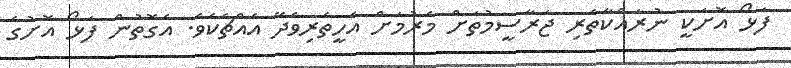
ފަޅޯ އޮށަކީ ނުރައްކާތެރި ޖަރާސީމުތަށް މެރުމަށް އެހީތެރިވެދޭ އެއްޗެކެވެ. އެގޮތުން ފަޅޯ އޮށުގެ